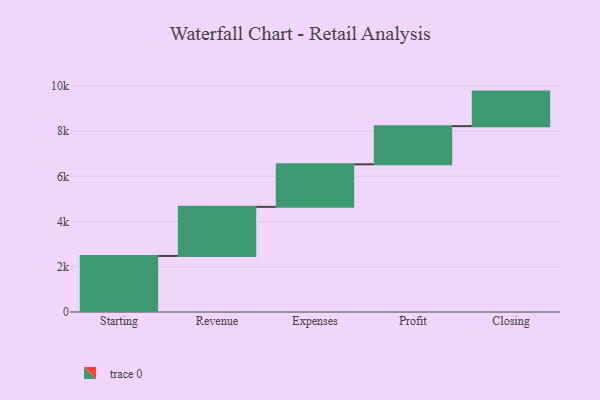
{"axis": {"x": "Step", "y": "Value"}, "legend": [""], "data": [{"x": "Starting", "y": 2478.0, "type": ""}, {"x": "Revenue", "y": 2171.0, "type": ""}, {"x": "Expenses", "y": 1880.0, "type": ""}, {"x": "Profit", "y": 1689.0, "type": ""}, {"x": "Closing", "y": 1527.0, "type": ""}]}